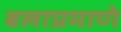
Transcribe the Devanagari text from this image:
बलाप्रमाणे